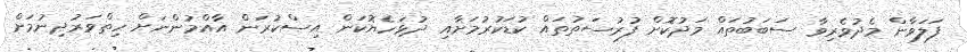
ފަލަވާން މެދުވެރިވާ ސަބަބުތައް މަދުކޮށް ފުރުސަތުތައް ކުޑަކުރުމަށާއި ދުޅަހެޔޮކަން އިސްކުރަން އާއްމުންނަށް ހިތްވަރުދިނުމަށް